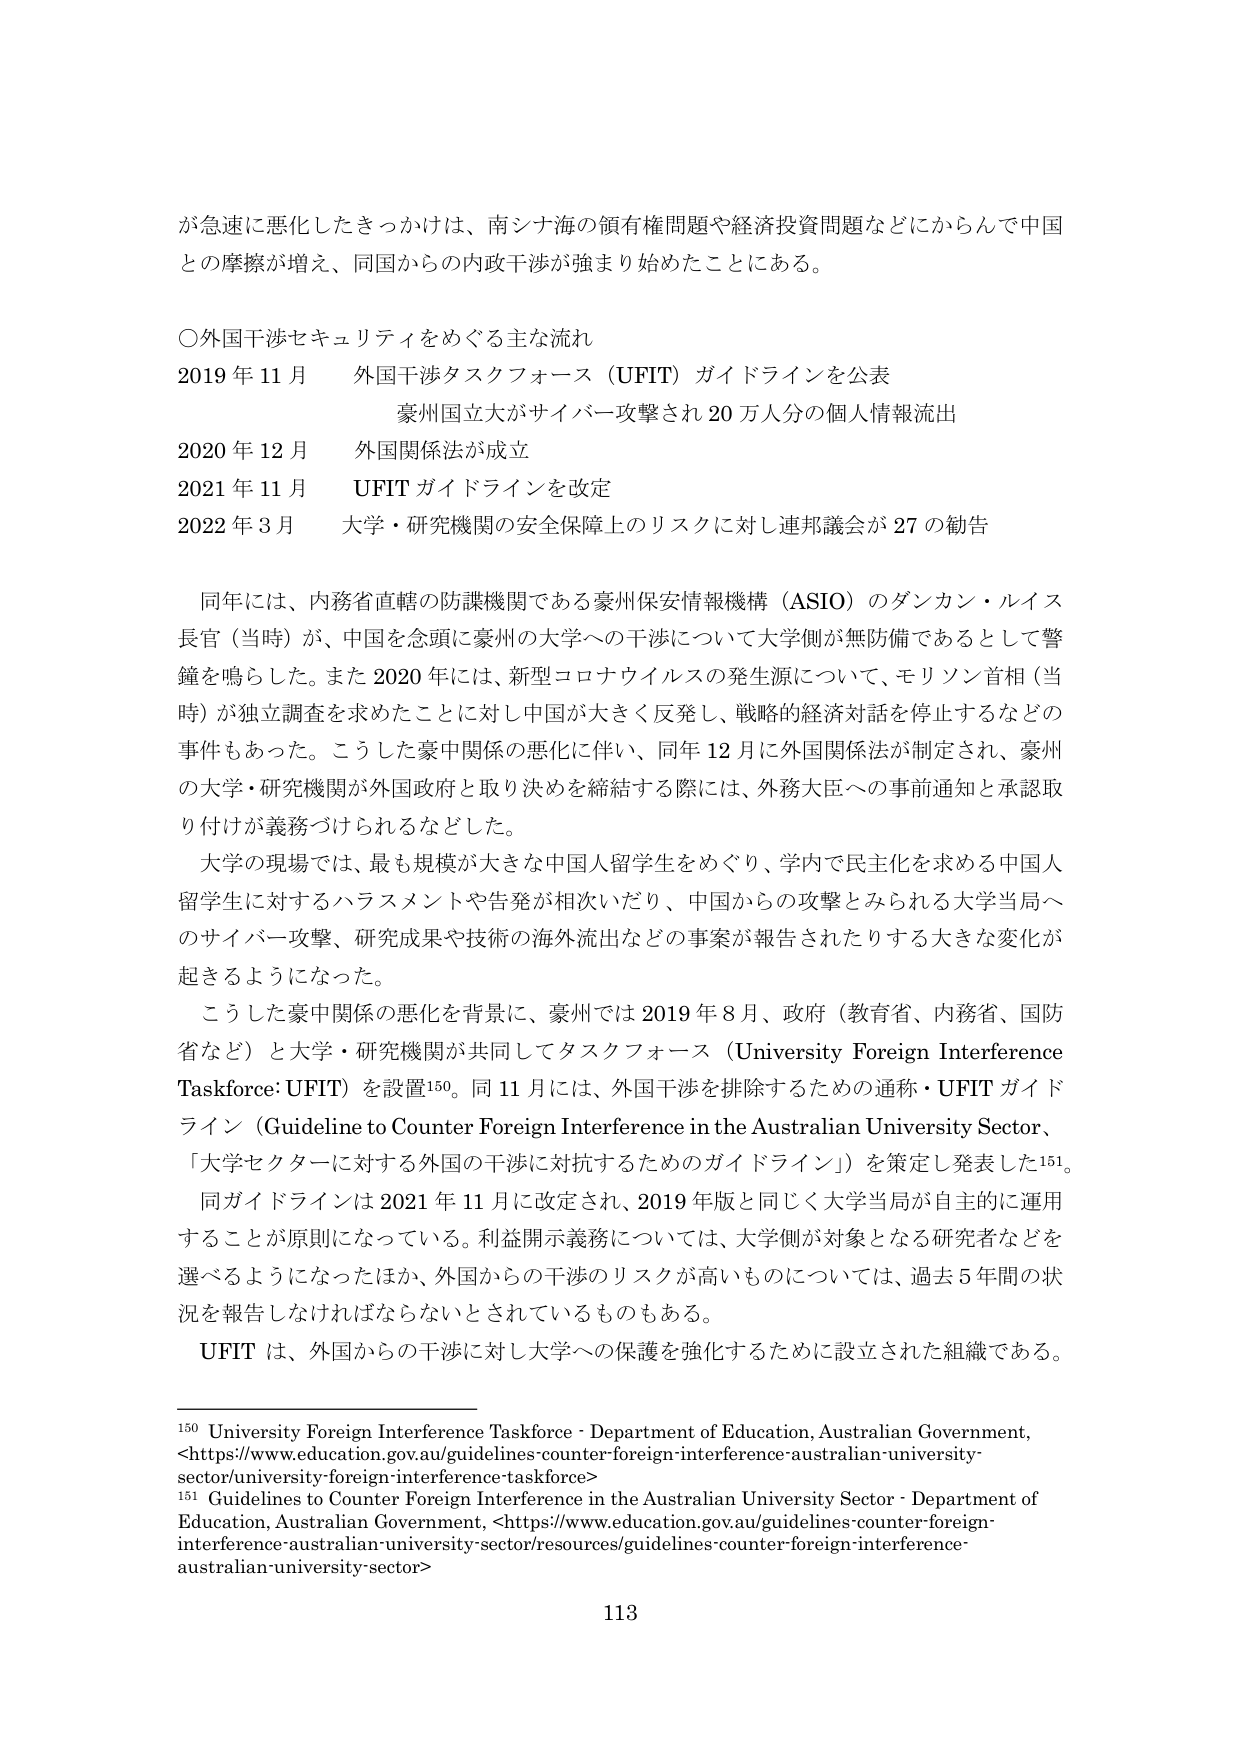
が急速に悪化したきっかけは、南シナ海の領有権問題や経済投資問題などにからんで中国との摩擦が増え、同国からの内政干渉が強まり始めたことにある。

〇外国干渉セキュリティをめぐる主な流れ
2019年11月　外国干渉タスクフォース（UFIT）ガイドラインを公表
　　　　　　豪州国立大がサイバー攻撃され20万人分の個人情報流出
2020年12月　外国関係法が成立
2021年11月　UFITガイドラインを改定
2022年3月　大学・研究機関の安全保障上のリスクに対し連邦議会が27の勧告

同年には、内務省直轄の防諜機関である豪州保安情報機構（ASIO）のダンカン・ルイス長官（当時）が、中国を念頭に豪州の大学への干渉について大学側が無防備であるとして警鐘を鳴らした。また2020年には、新型コロナウイルスの発生源について、モリソン首相（当時）が独立調査を求めたことに対し中国が大きく反発し、戦略的経済対話を停止するなどの事件もあった。こうした豪中関係の悪化に伴い、同年12月に外国関係法が制定され、豪州の大学・研究機関が外国政府と取り決めを締結する際には、外務大臣への事前通知と承認取り付けが義務づけられるなどした。

大学の現場では、最も規模が大きな中国人留学生をめぐり、学内で民主化を求める中国人留学生に対するハラスメントや告発が相次いだり、中国からの攻撃とみられる大学当局へのサイバー攻撃、研究成果や技術の海外流出などの事案が報告されたりする大きな変化が起きるようになった。

こうした豪中関係の悪化を背景に、豪州では2019年8月、政府（教育省、内務省、国防省など）と大学・研究機関が共同してタスクフォース（University Foreign Interference Taskforce: UFIT）を設置150。同11月には、外国干渉を排除するための通称・UFITガイドライン（Guideline to Counter Foreign Interference in the Australian University Sector、「大学セクターに対する外国の干渉に対抗するためのガイドライン」）を策定し発表した151。

同ガイドラインは2021年11月に改定され、2019年版と同じく大学当局が自主的に運用することが原則になっている。利益開示義務については、大学側が対象となる研究者などを選べるようになったほか、外国からの干渉のリスクが高いものについては、過去5年間の状況を報告しなければならないとされているものもある。

UFITは、外国からの干渉に対し大学への保護を強化するために設立された組織である。

150 University Foreign Interference Taskforce - Department of Education, Australian Government, <https://www.education.gov.au/guidelines-counter-foreign-interference-australian-university-sector/university-foreign-interference-taskforce>
151 Guidelines to Counter Foreign Interference in the Australian University Sector - Department of Education, Australian Government, <https://www.education.gov.au/guidelines-counter-foreign-interference-australian-university-sector/resources/guidelines-counter-foreign-interference-australian-university-sector>

113